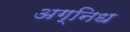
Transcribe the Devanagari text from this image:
अग्निध